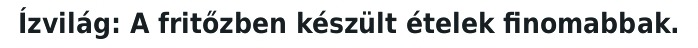
Ízvilág: A fritőzben készült ételek finomabbak.